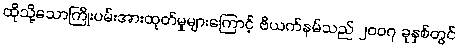
ထိုသို့သောကြိုးပမ်းအားထုတ်မှုများကြောင့် ဗီယက်နမ်သည် ၂၀၀၇ ခုနှစ်တွင်